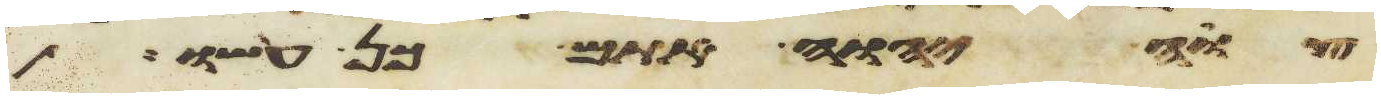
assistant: צוה יהוה אתם כן עשו